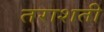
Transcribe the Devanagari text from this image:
तराशती